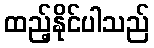
ထည့်နိုင်ပါသည်